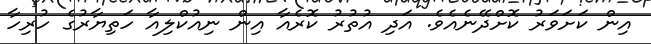
އިން ކަށަވަރު ކޮށްދޭނެއެވެ. އަދި އުތުރު ކޮރެއާ އިން ނިއުކްލިއާ ހަތިޔާރުގެ ހުރިހާ